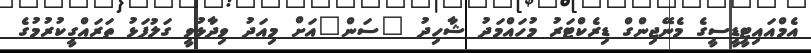
އެމްއައިޓީޑީސީގެ މެނޭޖިންގް ޑިރެކްޓަރު މުހައްމަދު ޝާހިދު "ސަން"އަށް މިއަދު ވިދާޅުވީ ގަލުފަޅު ތަރައްގީކުރުމުގެ